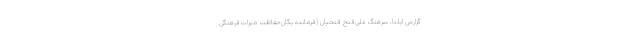
‌گزارش ایلنا، سرهنگ علی‌فتح فتحیان (فرمانده یگان‌حفاظت میراث‌فرهنگی